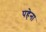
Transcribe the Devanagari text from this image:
पहेना